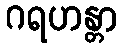
ဂရဟန္တာ